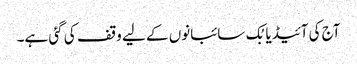
آج کی آئیڈیا بُک سائبانوں کے لیے وقف کی گئی ہے۔